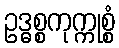
ဥဒ္ဓစ္စကုက္ကုစ္စံ